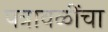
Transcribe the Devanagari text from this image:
पत्रावळींचा